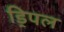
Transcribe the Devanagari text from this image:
ड्रिपल